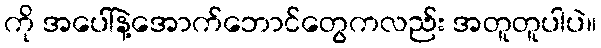
ကို အပေါ်နဲ့အောက်ဘောင်တွေကလည်း အတူတူပါပဲ။